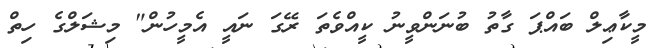
މީކާޢިލް ބައްޕަ ގާތު ބުނަންވީނު ކީއްވެތަ ރޭގަ ނައީ އެމީހުން" މިޝަލްގެ ހިތް